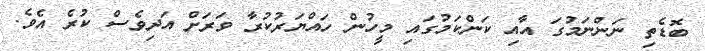
ބޮޑެތި ނަންނަމުގަ އާއި ކަންކަމުގައި މީހުން ހައްޔަރުކުރާ ވަރަށް އަދިވެސް ކުރެ އެވެ.